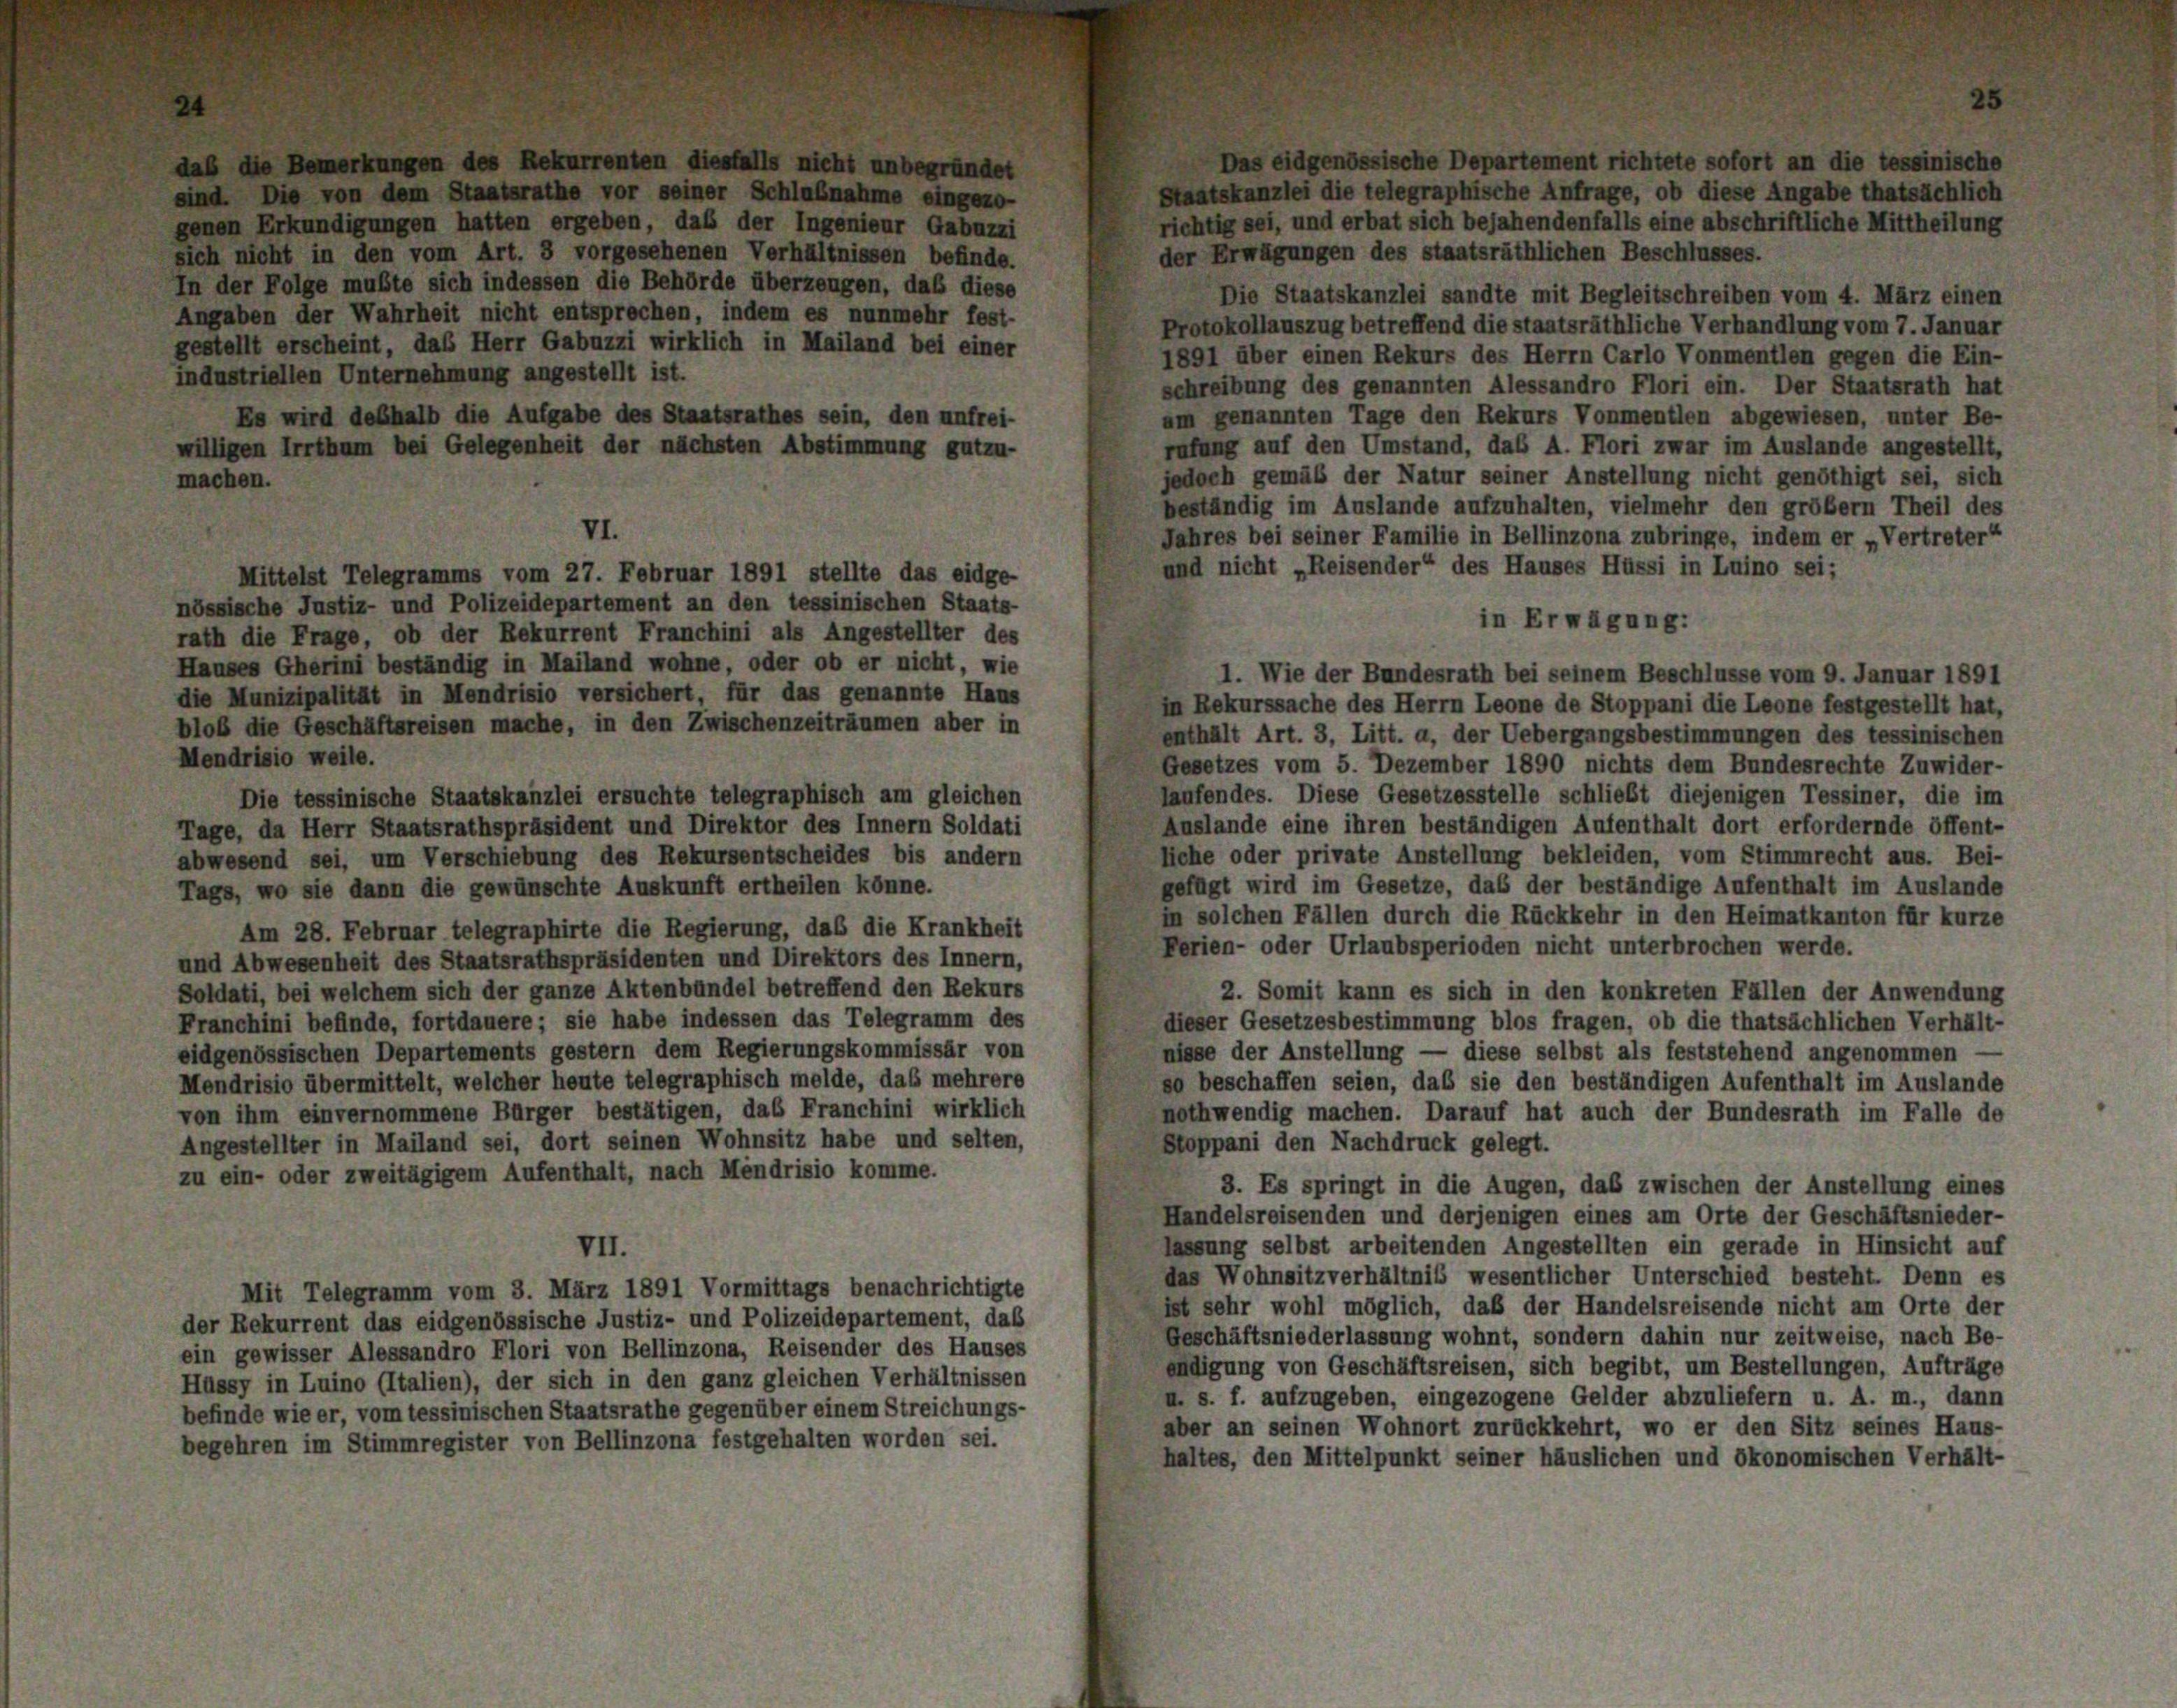
daß die Bemerkungen des Rekurrenten diesfalls nicht unbegründet
sind. Die von dem Staatsrathe vor seiner Schlaßnahme eingezo-
richtig sei, und erbat sich bejahendenfalls eine abschriftliche Mittheilung
genen Erkundigungen hatten ergeben, daß der Ingenieur Gabuzzi
der Erwägungen des staatsräthlichen Beschlusses.
sich nicht in den vom Art. 3 vorgesehenen Verhältnissen befinde.
In der Folge mußte sich indessen die Behörde überzeugen, daß diese
Die Staatskanzlei sandte mit Begleitschreiben vom 4. März einen
Angaben der Wahrheit nicht entsprechen, indem es nunmehr fest-
Protokollauszug betreffend die staatsräthliche Verhandlung vom 7. Januar
gestellt erscheint, das Herr Gabuzzi wirklich in Mailand bei einer
1891 über einen Rekurs des Herrn Carlo Vonmentlen gegen die Ein-
industriellen Unternehmung angestellt ist.
schreibung des genannten Alessandro Flori ein. Der Staatsrath hat
um genannten Tage den Rekurs Vonmentlen abgewiesen, unter Be-
Es wird deßhalb die Aufgabe des Staatsrathes sein, den unfrei-
rufung auf den Umstand, das A. Flori zwar im Auslande angestellt,
willigen Irrthum bei Gelegenheit der nächsten Abstimmung gutzu-
jedoch gemäß der Natur seiner Anstellung nicht genöthigt sei, sich
machen.
beständig im Auslande aufzuhalten, vielmehr den größern Theil des
Jahres bei seiner Familie in Bellinzona zubringe, indem er „Vertreter“
und nicht „Reisender“ des Hauses Hüssi in Luino sei;
Mittelst Telegramms vom 27. Februar 1891 stellte das eidge-
nössische Justiz- und Polizeidepartement an den tessinischen Staats-
in Erwägung:
rath die Frage, ob der Rekurrent Franchini als Angestellter des
Hauses Gherini beständig in Mailand wohne, oder ob er nicht, wie
1. Wie der Bundesrath bei seinem Beschlüsse vom 9. Januar 1891
die Munizipalität in Mendrisio versichert, für das genannte Haus
in Rekurssache des Herrn Leone de Stoppani die Leone festgestellt hat,
blob die Geschäftsreisen mache, in den Zwischenzeiträumen aber in
enthält Art. 3, Litt. a, der Uebergangsbestimmungen des tessinischen
Mendrisio weile.
Gesetzes vom 5. Dezember 1890 nichts dem Bundesrechte Zuwider-
laufendes. Diese Gesetzesstelle schließt diejenigen Tessiner, die im
Die tessinische Staatskanzlei ersuchte telegraphisch am gleichen
Auslande eine ihren beständigen Aufenthalt dort erfordernde öffent-
Tage, da Herr Staatsrathspräsident und Direktor des Innern Soldati
liche oder private Anstellung bekleiden, vom Stimmrecht aus. Bei-
abwesend sei, um Verschiebung des Rekursentscheides bis andern
gefügt wird im Gesetze, das der beständige Aufenthalt im Auslande
Tags, wo sie dann die gewünschte Auskunft ertheilen könne.
in solchen Fällen durch die Rückkehr in den Heimatkanton für kurze
Am 28. Februar telegraphirte die Regierung, daß die Krankheit
Perien- oder Urlaubsperioden nicht unterbrochen werde.
und Abwesenheit des Staatsrathspräsidenten und Direktors des Innern,
Soldati, bei welchem sich der ganze Aktenbündel betreffend den Rekurs
2. Somit kann es sich in den konkreten Fällen der Anwendung
Franchini befinde, fortdauere; sie habe indessen das Telegramm des
dieser Gesetzesbestimmung blos fragen, ob die thatsächlichen Verhält-
eidgenössischen Departements gestern dem Regierungskommissär von
nisse der Anstellung — diese selbst als feststehend angenommen -
Mendrisio übermittelt, welcher heute telegraphisch melde, das mehrere
so beschaffen seien, daß sie den beständigen Aufenthalt im Auslande
von ihm einvernommene Bürger bestätigen, das Franchini wirklich
nothwendig machen. Darauf hat auch der Bundesrath im Falle de
Angestellter in Mailand sei, dort seinen Wohnsitz habe und selten,
Stoppani den Nachdruck gelegt.
zu ein- oder zweitägigem Aufenthalt, nach Mendrisio komme.
3. Es springt in die Augen, daß zwischen der Anstellung eines
Handelsreisenden und derjenigen eines am Orte der Geschäftsnieder-
lassung selbst arbeitenden Angestellten ein gerade in Hinsicht auf
VII.
das Wohnsitzverhältnis wesentlicher Unterschied besteht. Denn es
Mit Telegramm vom 3. März 1891 Vormittags benachrichtigte
ist sehr wohl möglich, daß der Handelsreisende nicht am Orte der
der Rekurrent das eidgenössische Justiz- und Polizeidepartement, das
Geschäftsniederlassung wohnt, sondern dahin nur zeitweise, nach Be-
ein gewisser Alessandro Flori von Bellinzona, Reisender des Hauses
endigung von Geschäftsreisen, sich begibt, um Bestellungen, Aufträge
Hüssy in Luino (Italien), der sich in den ganz gleichen Verhältnissen
u. s. f. aufzugeben, eingezogene Gelder abzuliefern u. A. m., dann
befinde wie er, vom tessinischen Staatsrathe gegenüber einem Streichungs-
aber an seinen Wohnort zurückkehrt, wo er den Sitz seines Haus-
begehren im Stimmregister von Bellinzona festgehalten worden sei.
haltes, den Mittelpunkt seiner häuslichen und ökonomischen Verhält-

VI.

Das eidgenössische Departement richtete sofort an die tessinische
Staatskanzlei die telegraphische Anfrage, ob diese Angabe thatsächlich